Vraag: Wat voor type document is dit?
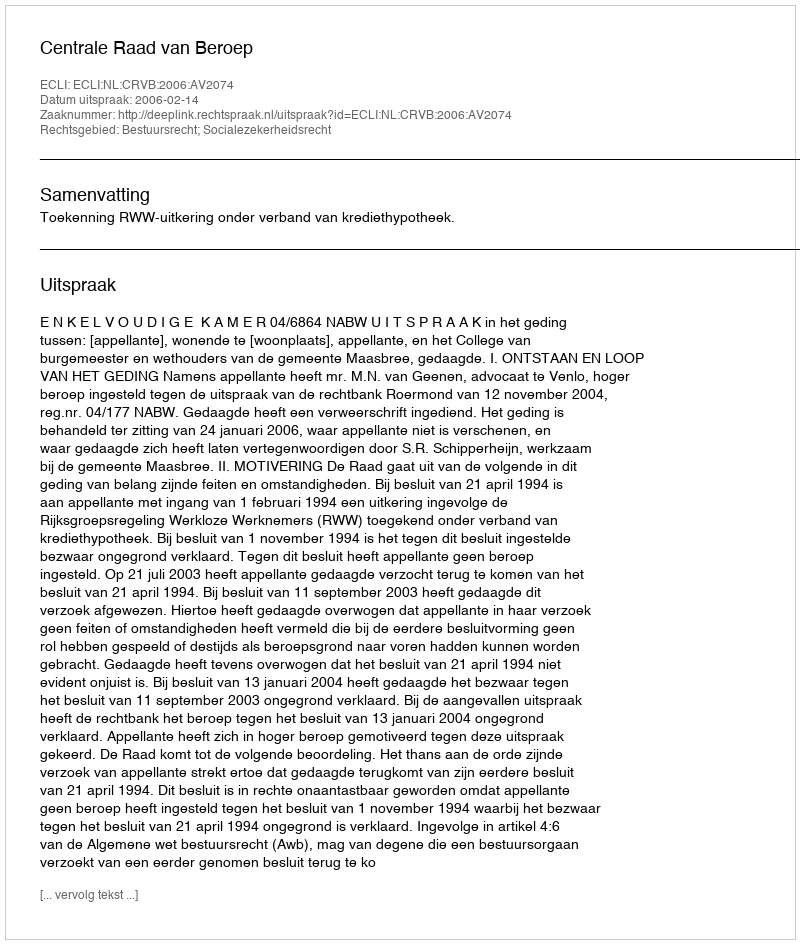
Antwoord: Uitspraak